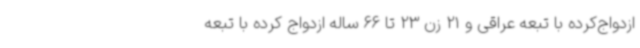
ازدواج‌کرده با تبعه عراقی و 21 زن 23 تا 66 ساله ازدواج کرده با تبعه